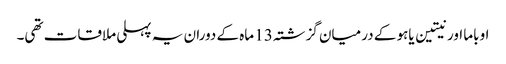
اوباما اور نیتین یاہو کے درمیان گزشتہ 13 ماہ کے دوران یہ پہلی ملاقات تھی۔